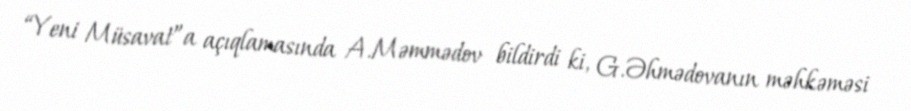
“Yeni Müsavat”a açıqlamasında A.Məmmədov bildirdi ki, G.Əhmədovanın məhkəməsi